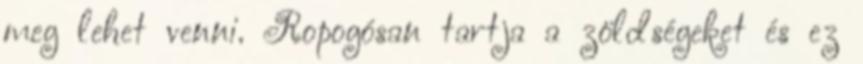
meg lehet venni. Ropogósan tartja a zöldségeket és ez